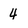
Character: 4